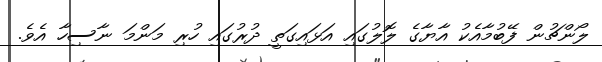
ލޯންޗުން ފޭބުމާއެކު އާޔާގެ ލޮލުގައި އަޅައިގަތީ ދުރުގައި ހުރި މަންމަ ނާސިހާ އެވެ.